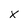
Character: x